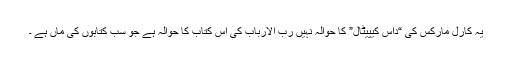
یہ کارل مارکس کی “داس کیپیٹال” کا حوالہ نہیں رب الارباب کی اُس کتاب کا حوالہ ہے جو سب کتابوں کی ماں ہے ۔